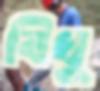
বিধু